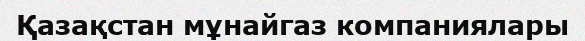
Қазақстан мұнайгаз компаниялары